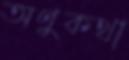
অণুকথা